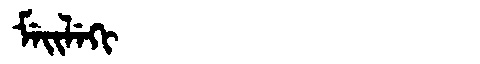
Manchu: ᠮᡝᡳᠯᡝᡴᡳ
Romanization: MEILEKI